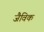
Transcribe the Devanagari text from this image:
जैविक